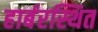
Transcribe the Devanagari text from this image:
हार्बरस्थित